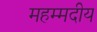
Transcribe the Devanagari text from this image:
महम्मदीय